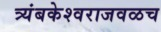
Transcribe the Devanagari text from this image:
त्र्यंबकेश्वराजवळच